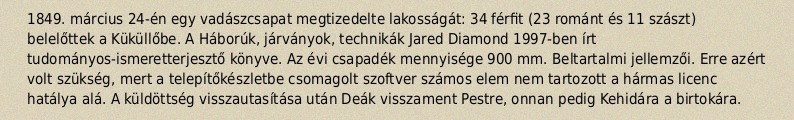
1849. március 24-én egy vadászcsapat megtizedelte lakosságát: 34 férfit (23 románt és 11 szászt) belelőttek a Küküllőbe. A Háborúk, járványok, technikák Jared Diamond 1997-ben írt tudományos-ismeretterjesztő könyve. Az évi csapadék mennyisége 900 mm. Beltartalmi jellemzői. Erre azért volt szükség, mert a telepítőkészletbe csomagolt szoftver számos elem nem tartozott a hármas licenc hatálya alá. A küldöttség visszautasítása után Deák visszament Pestre, onnan pedig Kehidára a birtokára.